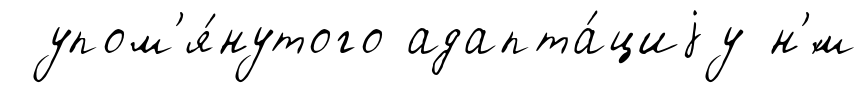
упом'я́нутого адапта́циjу н'́м